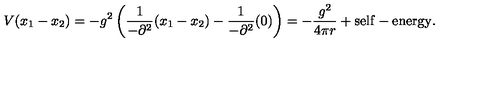
V ( x _ { 1 } - x _ { 2 } ) = - g ^ { 2 } \left( \frac { 1 } { - \partial ^ { 2 } } ( x _ { 1 } - x _ { 2 } ) - \frac { 1 } { - \partial ^ { 2 } } ( 0 ) \right) = - \frac { g ^ { 2 } } { 4 \pi r } + \mathrm { s e l f - e n e r g y } .